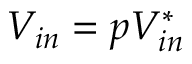
V _ { i n } = p V _ { i n } ^ { * }